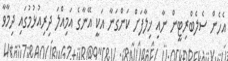
އެހެން ސެލެބްރިޓީން ނާއި ޚިލާފަށް ކަންގަނާ އަކީ އޭނާގެ އަމިއްލަ ދިރިއުޅުމުގައި ދިމާވާ